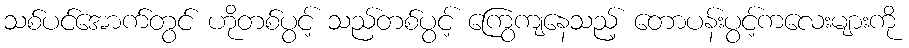
သစ်ပင်အောက်တွင် ဟိုတစ်ပွင့် သည်တစ်ပွင့် ကြွေကျနေသည့် တောပန်းပွင့်ကလေးများကို